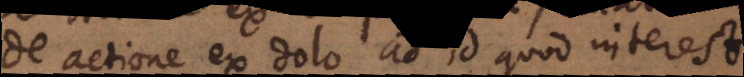
De actione ex dolo ad id quod interest.